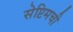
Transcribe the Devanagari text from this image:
सेप्टिमची